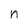
Character: n